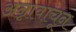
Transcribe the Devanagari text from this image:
अन्नावाचून